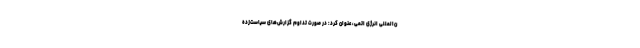
ن‌المللی انرژی اتمی، عنوان کرد: در صورت تداوم گزارش‌های سیاست‌زده